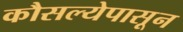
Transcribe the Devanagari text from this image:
कौसल्येपासून